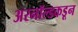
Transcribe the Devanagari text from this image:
अरनॉल्डकडून